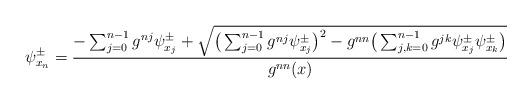
LaTeX: \begin{align*} \psi_{x_n}^\pm=\frac{-\sum_{j=0}^{n-1}g^{nj}\psi_{x_j}^\pm+\sqrt{\big(\sum_{j=0}^{n-1}g^{nj}\psi_{x_j}^\pm\big)^2-g^{nn}\big(\sum_{j,k=0}^{n-1}g^{jk}\psi_{x_j}^\pm\psi_{x_k}^\pm\big)}}{g^{nn}(x)}\end{align*}